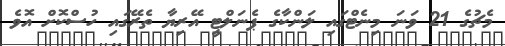
މެޗުގެ 21 ވަނަ މިނެޓްގައި ލަންކާގެ ޕެނަލްޓީ އޭރިޔާ ތެރޭގައި ހުސްކޮށް އޮވެ